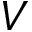
V